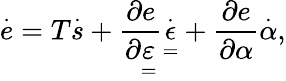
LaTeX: \overset{\cdot}{e}=T\overset{\cdot}{s}+\frac{\partial e}{\partial\underset{=}{\varepsilon}}\overset{\cdot}{\underset{=}{\epsilon}}+\frac{\partial e}{\partial\alpha}\overset{\cdot}{\alpha},